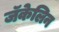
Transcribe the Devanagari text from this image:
जॅकेलिन